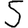
Digit: 5